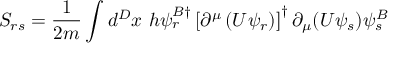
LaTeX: S _ { r s } = \frac { 1 } { 2 m } \int d ^ { D } x ~ h \psi _ { r } ^ { B \dagger } \left[ \partial ^ { \mu } \left( U \psi _ { r } \right) \right] ^ { \dagger } \partial _ { \mu } ( U \psi _ { s } ) \psi _ { s } ^ { B }